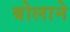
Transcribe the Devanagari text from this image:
बोलाने